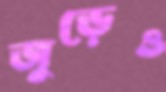
জুড়েও